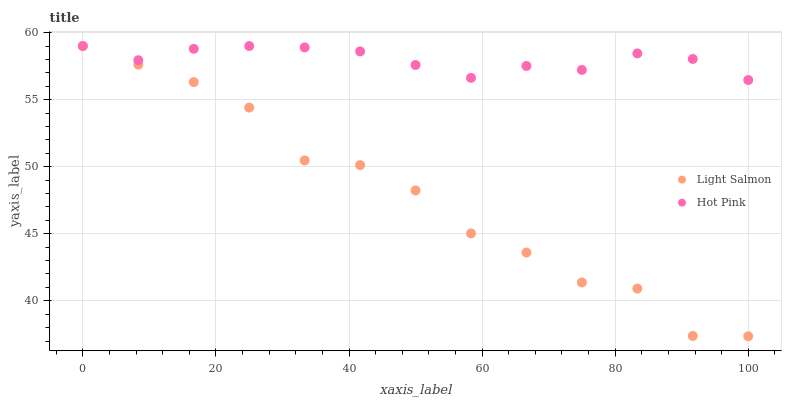
| xaxis_label | Light Salmon | Hot Pink |
 | --- | --- | --- |
 | 0 | 59 | 59 |
 | 8.33 | 57.6 | 57.9 |
 | 16.7 | 56.3 | 58.8 |
 | 25 | 54.4 | 59 |
 | 33.3 | 50.5 | 58.9 |
 | 41.7 | 50.1 | 58.6 |
 | 50 | 48.2 | 57.6 |
 | 58.3 | 45 | 56.6 |
 | 66.7 | 43.6 | 57.5 |
 | 75 | 41.4 | 57.2 |
 | 83.3 | 40.9 | 58.4 |
 | 91.7 | 37.4 | 58 |
 | 100 | 37.4 | 56.5 |